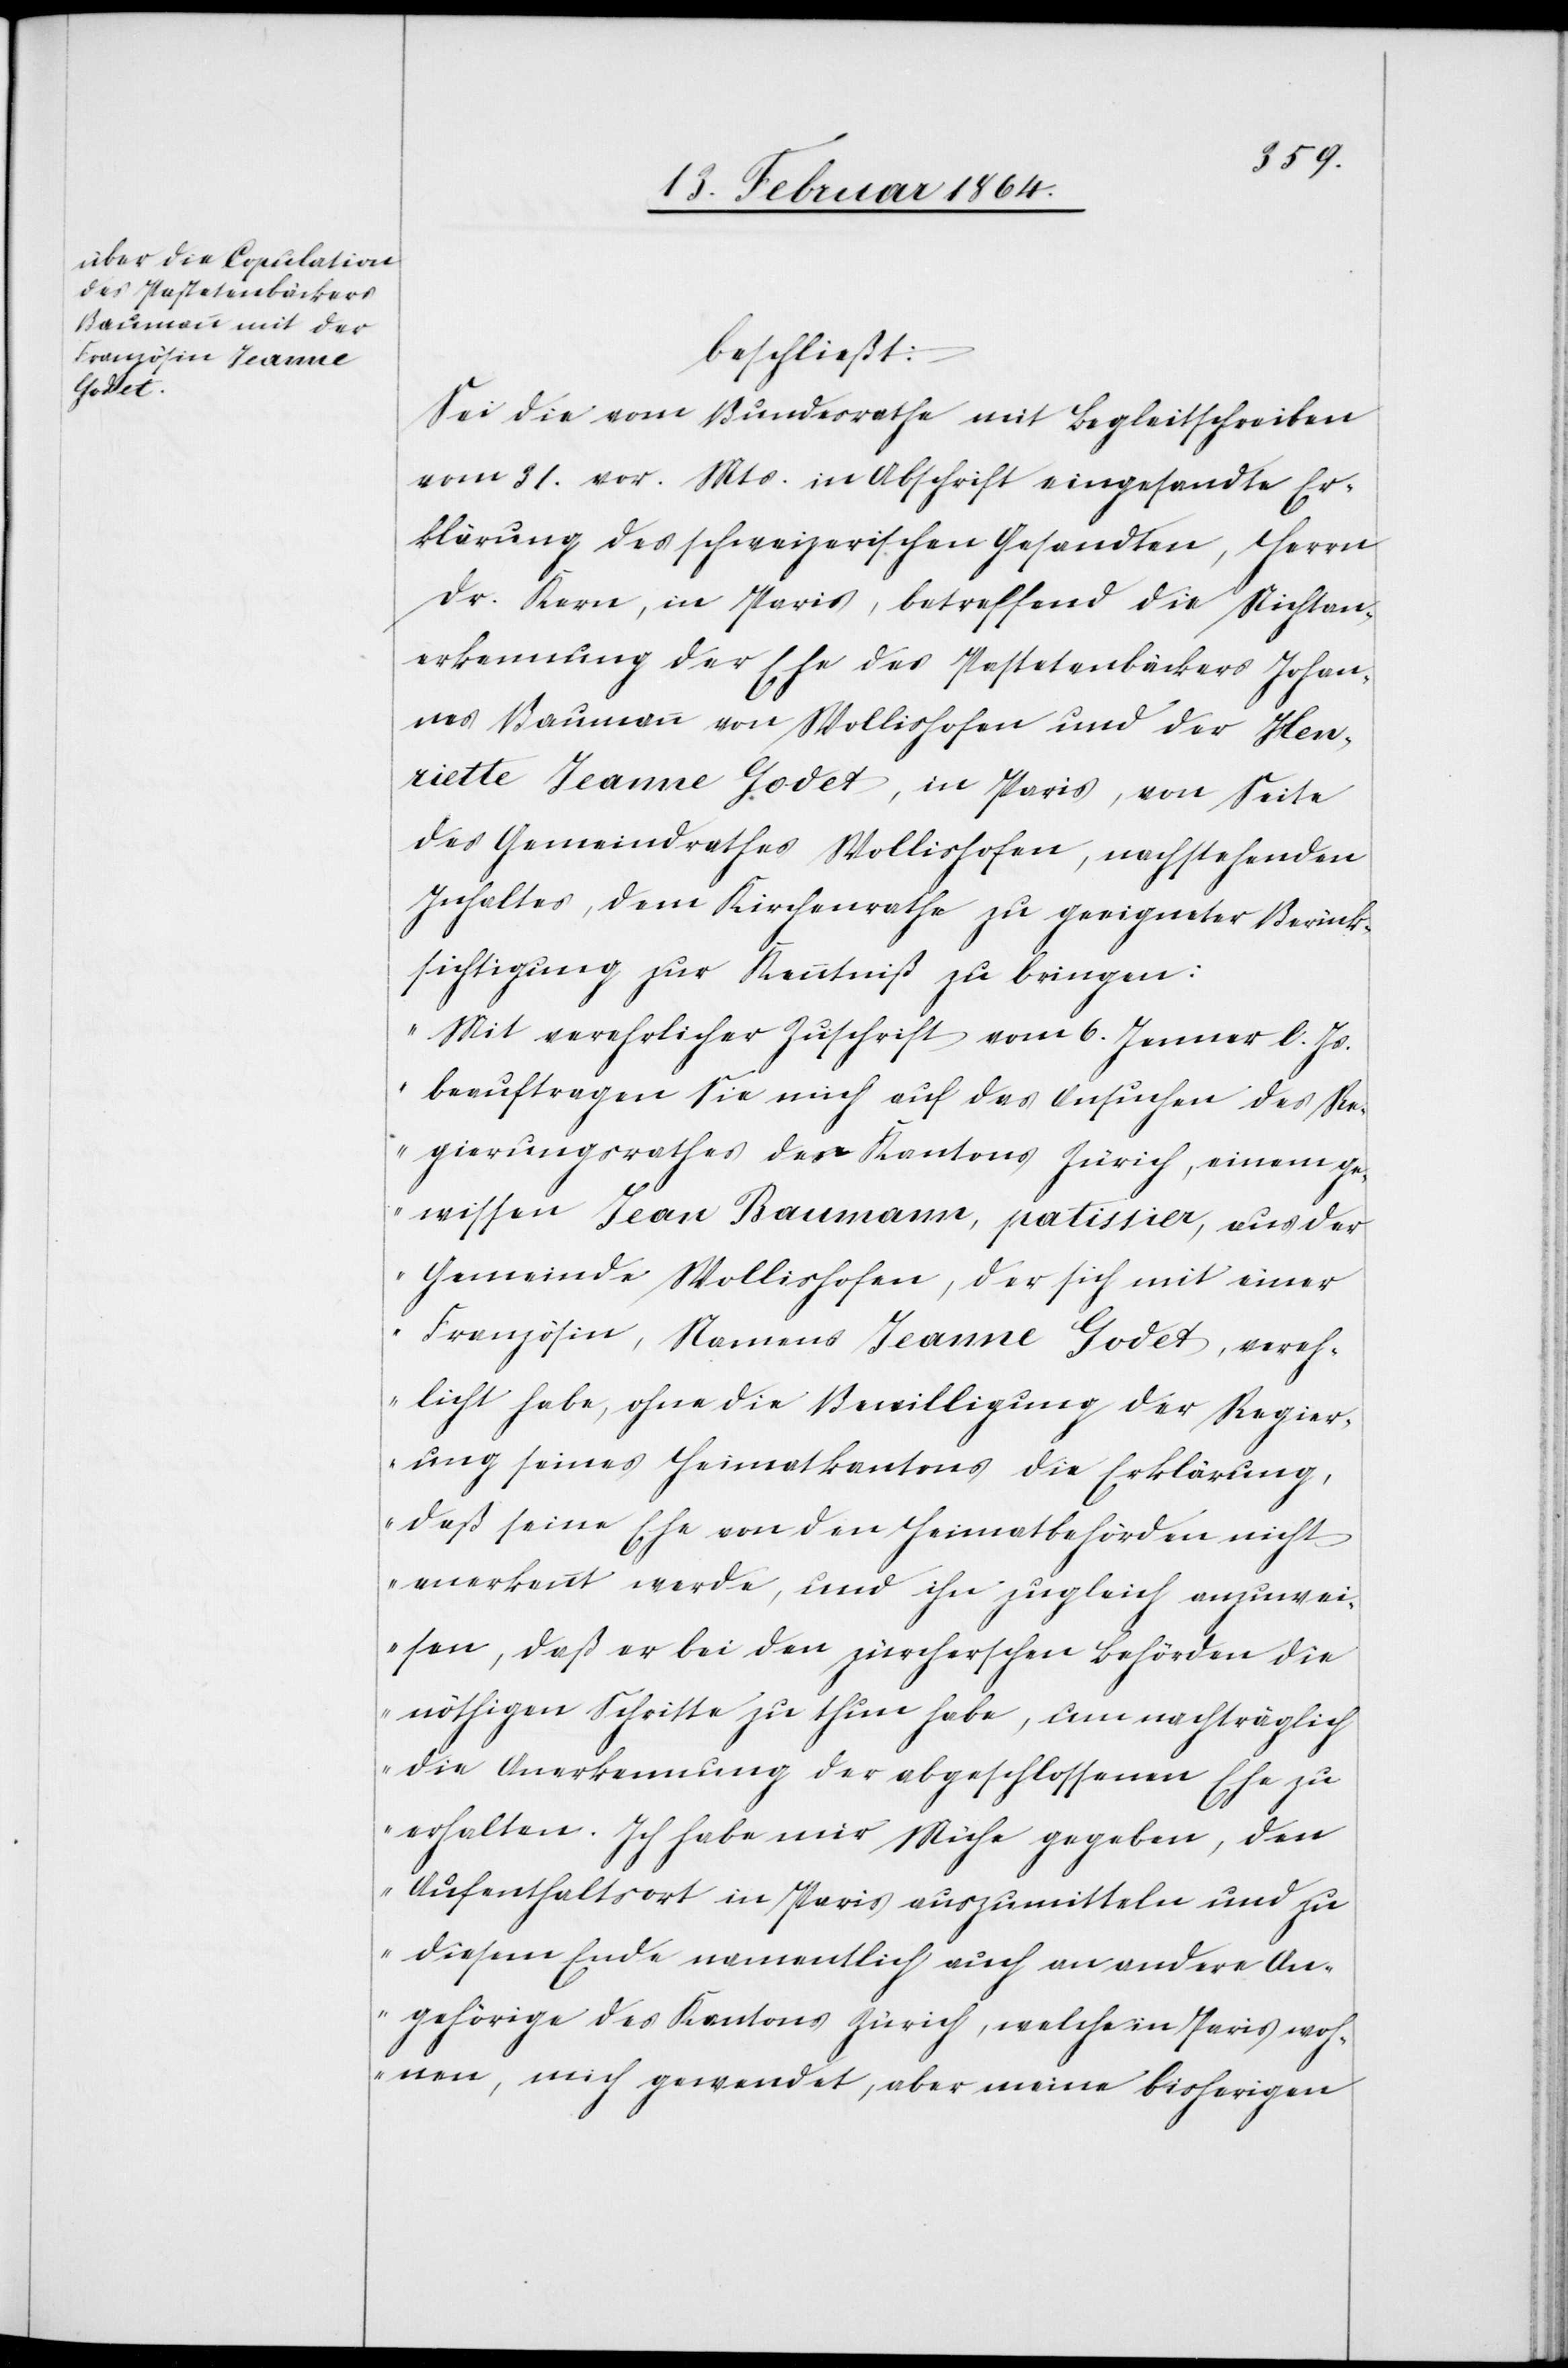
beschließt:
Sei die vom Bundesrathe mit Begleitschreiben
vom 31. vor. Mts. in Abschrift eingesandte Er¬
klärung des schweizerischen Gesandten, Herrn
Dr. Kern, in Paris, betreffend die Nichtan¬
erkennung der Ehe des Pastetenbäckers Johan¬
nes Baumann von Wollishofen und der Hen¬
riette Jeanne Godet, in Paris, von Seite
des Gemeindrathes Wollishofen, nachstehenden
Inhaltes, dem Kirchenrathe zu geeigneter Berück¬
sichtigung zur Kenntniß zu bringen:
„Mit verehrlicher Zuschrift vom 6. Januar l. Js.
beauftragen Sie mich auf das Ansuchen des Re¬
gierungsrathes des Kantons Zürich, einem ge¬
wissen Jean Baumann, patissier, aus der
Gemeinde Wollishofen, der sich mit einer
Französin, Namens Jeanne Godet, vereh¬
licht habe, ohne die Bewilligung der Regier¬
ung seines Heimatkantons die Erklärung,
daß seine Ehe von den Heimatbehörden nicht
anerkannt werde, und ihn zugleich anzuwei¬
sen, daß er bei den zürcherschen Behörden die
nöthigen Schritte zu thun habe, um nachträglich
die Anerkennung der abgeschlossenen Ehe zu
erhalten. Ich habe mir Mühe gegeben, den
Aufenthaltsort in Paris auszumitteln und zu
diesem Ende namentlich auch an andere An¬
gehörige des Kantons Zürich, welche in Paris woh¬
nen, mich gewendet, aber meine bisherigen